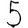
Digit: 5